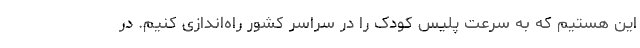
این هستیم که به سرعت پلیس کودک را در سراسر کشور راه‌اندازی کنیم. در